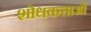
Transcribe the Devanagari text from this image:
शोधकत्ताओं